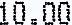
10.00